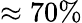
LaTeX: \approx 70\%